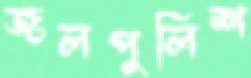
জলপুলিশ